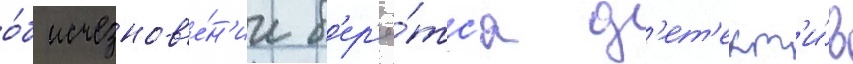
о́б исчезнов'е́н'ии б'ер'ё́тс'я д'ет'ект'и́в